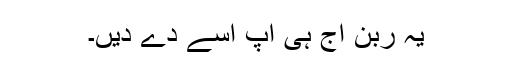
یہ ربن آج ہی آپ اسے دے دیں۔